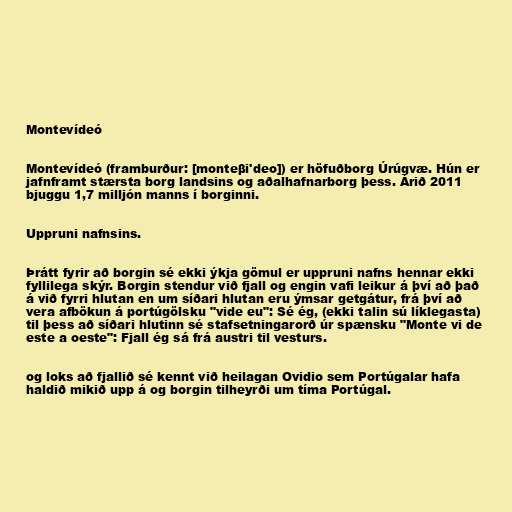
Montevídeó

Montevídeó (framburður: [monteβi'deo]) er höfuðborg Úrúgvæ. Hún er
jafnframt stærsta borg landsins og aðalhafnarborg þess. Árið 2011
bjuggu 1,7 milljón manns í borginni.

Uppruni nafnsins.

Þrátt fyrir að borgin sé ekki ýkja gömul er uppruni nafns hennar ekki
fyllilega skýr. Borgin stendur við fjall og engin vafi leikur á því að það
á við fyrri hlutan en um síðari hlutan eru ýmsar getgátur, frá því að
vera afbökun á portúgölsku "vide eu": Sé ég, (ekki talin sú líklegasta)
til þess að síðari hlutinn sé stafsetningarorð úr spænsku "Monte vi de
este a oeste": Fjall ég sá frá austri til vesturs.

og loks að fjallið sé kennt við heilagan Ovidio sem Portúgalar hafa
haldið mikið upp á og borgin tilheyrði um tíma Portúgal.